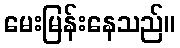
မေးမြန်းနေသည်။